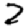
Digit: 2